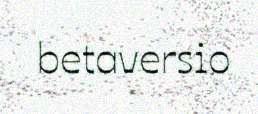
betaversio